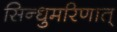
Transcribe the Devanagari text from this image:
सिन्धुमरिणात्